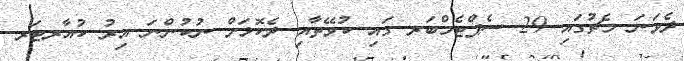
ދެވަނަ މެޗުގައި 29 ސެޕްޓެމްބަރ ގައި ކުވޭތާއި ދެކޮޅަށް ނުކުންނަ އިރު ކުއާރޓަރ